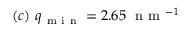
( c ) \ q _ { \mathrm { ~ m ~ i ~ n ~ } } = 2 . 6 5 \ \mathrm { ~ n ~ m ~ } ^ { - 1 }